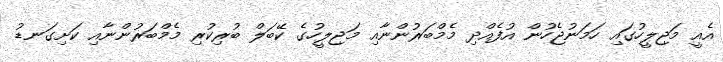
އެއީ މަޖިލީހުގައި ހަމަނުޖެހުން އުފެއްދި މެމްބަރުންނާއި މަޖިލީހުގެ ކޭބަލް ބުރިކުރި މެމްބަރުންނާއި ކަށިގަނޑު